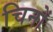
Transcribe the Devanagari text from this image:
चिनों